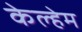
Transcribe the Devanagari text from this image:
केल्हेम